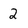
Character: 2